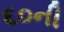
૬૦ની